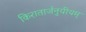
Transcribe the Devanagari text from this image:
किरातार्जनुयीयम्‌